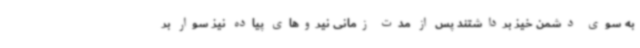
به سوی دشمن خیز برداشتند پس از مدت زمانی نیروهای پیاده نیز سوار بر